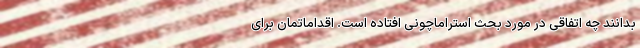
بدانند چه اتفاقی در مورد بحث استراماچونی افتاده است. اقداماتمان برای